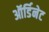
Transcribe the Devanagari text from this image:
ऑर्डिनेट